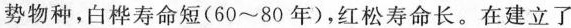
势物种，白桦寿命短(60~80年)，红松寿命长。在建立了